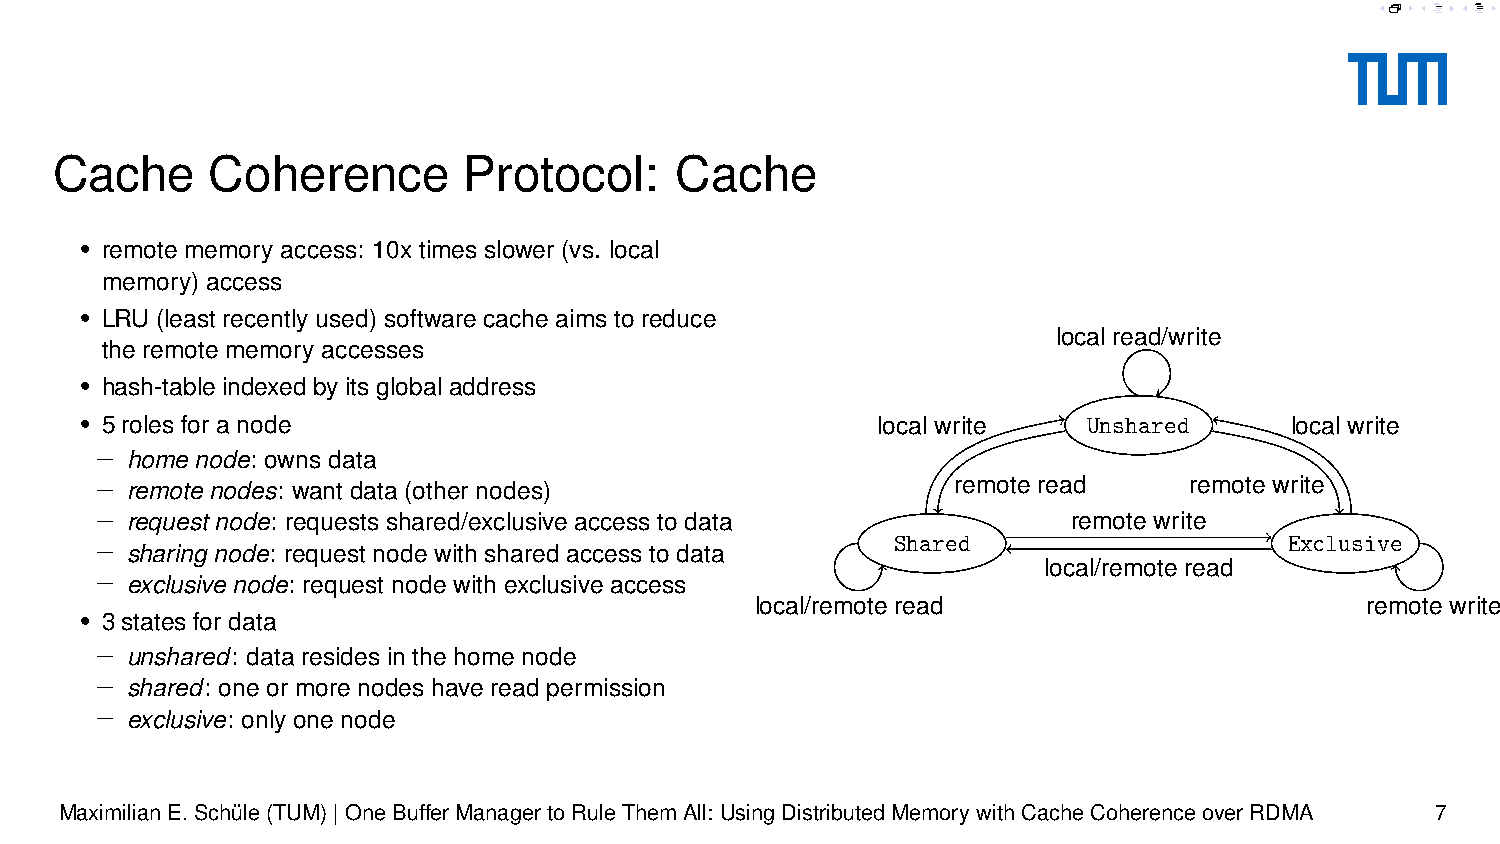
Cache      Coherence        Protocol:     Cache
 • remote memory access: 10x times slower (vs. local
 memory) access
 • LRU (least recently used) software cache aims to reduce
 local read/write
 the remote memory accesses
 • hash-table indexed by its global address
 • 5 roles for a node                                 local write   Unshared     local write
 − home node: owns data
 − remote nodes: want data (other nodes)                  remote read     remote write
 − request node: requests shared/exclusive access to data         remote write
 Shared                    Exclusive
 − sharing node: request node with shared access to data
 local/remote read
 − exclusive node: request node with exclusive access
 local/remote read                       remote write
 • 3 states for data
 − unshared: data resides in the home node
 − shared: one or more nodes have read permission
 − exclusive: only one node
 MaximilianE.Schüle(TUM)|OneBufferManagertoRuleThemAll: UsingDistributedMemorywithCacheCoherenceoverRDMA 7